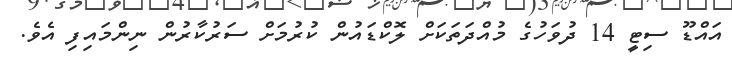
އައްޑޫ ސިޓީ 14 ދުވަހުގެ މުއްދަތަކަށް ލޮކްޑައުން ކުރުމަށް ސަރުކާރުން ނިންމައިފި އެވެ.